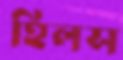
হিলস